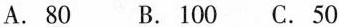
A.80 B.100 C.50